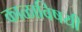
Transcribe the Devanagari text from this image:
काळाविषयी